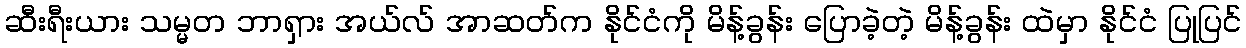
ဆီးရီးယား သမ္မတ ဘာရှား အယ်လ် အာဆတ်က နိုင်ငံကို မိန့်ခွန်း ပြောခဲ့တဲ့ မိန့်ခွန်း ထဲမှာ နိုင်ငံ ပြုပြင်